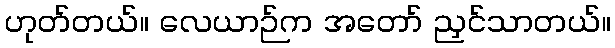
ဟုတ်တယ်။ လေယာဉ်က အတော် ညှင်သာတယ်။